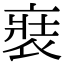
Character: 𧚌